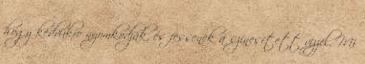
hogy kedvükre nyomkodják, és fessenek a színesített vízzel. Mi